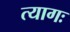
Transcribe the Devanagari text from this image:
त्यागः